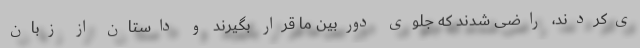
ی‌کردند، راضی شدند که جلوی دوربین ما قرار بگیرند و داستان از زبان